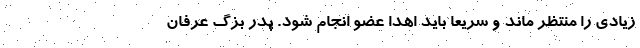
زیادی را منتظر ماند و سریعا باید اهدا عضو انجام شود. پدر بزگ عرفان